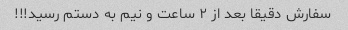
سفارش دقیقا بعد از ۲ ساعت و نیم به دستم رسید!!!